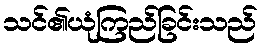
သင်၏ယုံကြည်ခြင်းသည်